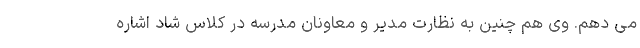
می دهم. وی هم چنین به نظارت مدیر و معاونان مدرسه در کلاس شاد اشاره